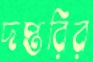
দপ্তরির